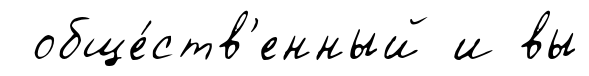
обще́ств'енный и вы